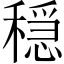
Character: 穏